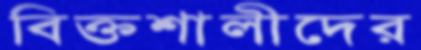
বিক্তশালীদের